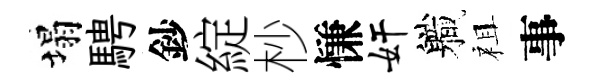
塌騁鈔綻杪慊奸軄祖事